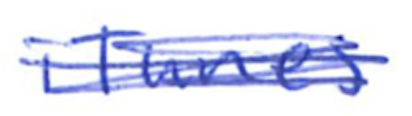
Text: iTunes
Cross-out: mix
Writing tool: ballpoint